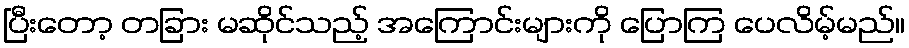
ပြီးတော့ တခြား မဆိုင်သည့် အကြောင်းများကို ပြောကြ ပေလိမ့်မည်။